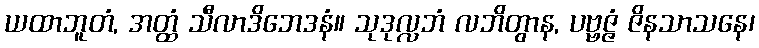
ယထာဘူတံ, အတ္ထံ သီလာဒိဘေဒနံ။ သုဒုလ္လဘံ လဘိတွာန, ပဗ္ဗဇ္ဇံ ဇိနသာသနေ၊